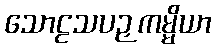
သောဠသပဉှကမ္မိယာ